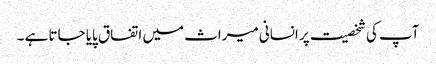
آپ کی شخصیت پر انسانی میراث میں اتفاق پایا جاتا ہے ۔